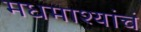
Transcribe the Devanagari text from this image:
मधमाश्यांचं